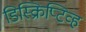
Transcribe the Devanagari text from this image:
डिस्क्रिप्टिव्ह